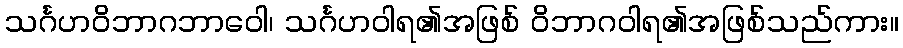
သင်္ဂဟဝိဘာဂဘာဝေါ၊ သင်္ဂဟဝါရ၏အဖြစ် ဝိဘာဂဝါရ၏အဖြစ်သည်ကား။